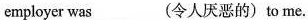
employer was___(令人厌恶的)to me.